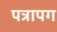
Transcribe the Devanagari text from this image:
पत्रापग